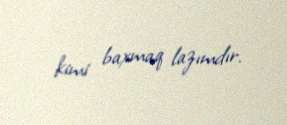
kimi baxmaq lazımdır.